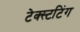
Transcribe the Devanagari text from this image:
टेक्स्टटिंग